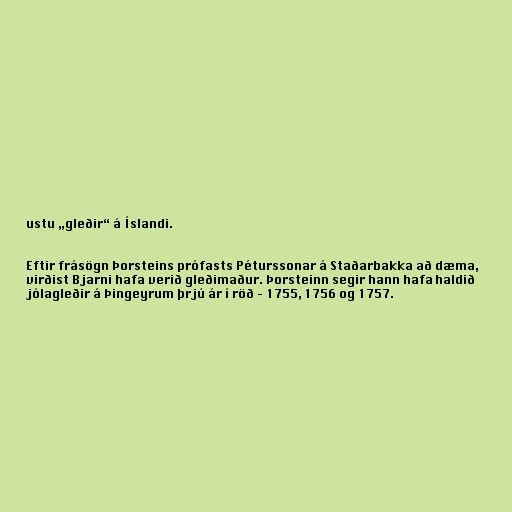
ustu „gleðir“ á Íslandi.

Eftir frásögn Þorsteins prófasts Péturssonar á Staðarbakka að dæma,
virðist Bjarni hafa verið gleðimaður. Þorsteinn segir hann hafa haldið
jólagleðir á Þingeyrum þrjú ár í röð – 1755, 1756 og 1757.